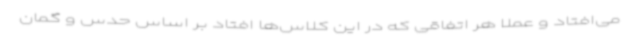
می‌افتاد و عملاً هر اتفاقی که در این کلاس‌ها افتاد بر اساس حدس و گمان